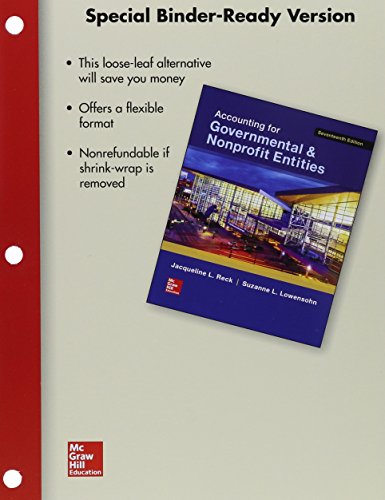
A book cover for Loose-Leaf for Accounting for Governmental & Nonprofit Entities with Connect; Jacqueline Reck; Business & Money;